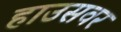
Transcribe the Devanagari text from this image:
हाउसवर